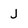
Character: J